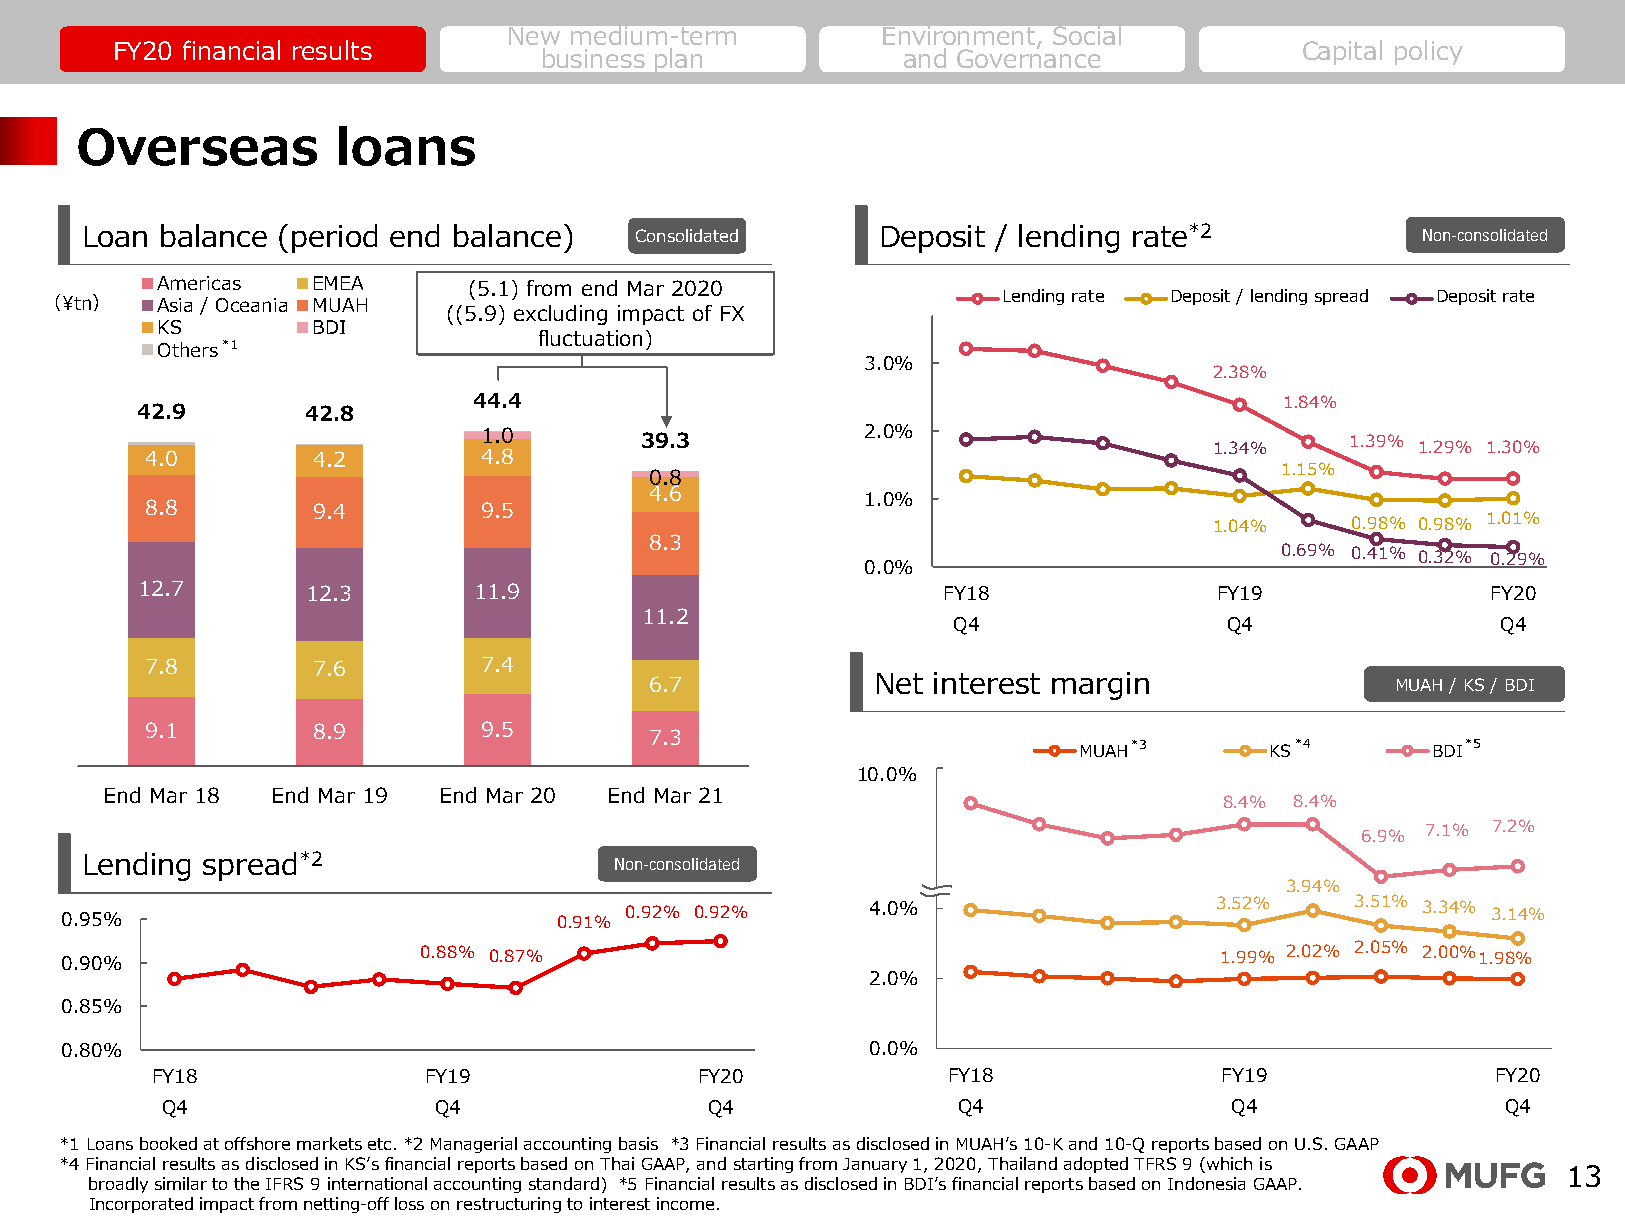
New medium-term         Environment, Social
 FY20 financial results                                                         Capital policy
 business plan           and Governance
 Overseas         loans
 Loan  balance (period end balance)   Consolidated    Deposit / lending rate*2            Non-consolidated
 Americas   EMEA      (5.1) from end Mar 2020
 Lending rate Deposit / lending spread Deposit rate
 （¥tn）  Asia / Oceania MUAH
 ((5.9) excluding impact of FX
 KS         BDI
 fluctuation)
 Others*1
 3.0%
 2.38%
 44.4                                                  1.84%
 42.9       42.8
 1.0       39.3           2.0%                            1.39%
 1.34%         1.29% 1.30%
 4.0        4.2        4.8
 1.15%
 0.8
 4.6           1.0%
 8.8        9.4        9.5
 1.04%    0.98% 0.98% 1.01%
 8.3
 0.69% 0.41% 0.32% 0.29%
 0.0%
 12.7       12.3       11.9                           FY18               FY19              FY20
 11.2
 Q4                Q4                Q4
 7.8        7.6        7.4
 6.7            Net interest margin               MUAH / KS / BDI
 9.1        8.9        9.5        7.3
 MUAH*3       KS*4       BDI*5
 108..00%%
 End Mar 18 End Mar 19 End Mar 20 End Mar 21
 8.4% 8.4%
 6.0%                            6.9% 7.1% 7.2%
 Lending spread*2                    Non-consolidated
 3.94%
 0.95%                            0.91% 0.92% 0.92%    4.0%                   3.52%    3.51% 3.34% 3.14%
 0.90%                   0.88% 0.87%                                          1.99% 2.02% 2.05% 2.00% 1.98%
 2.0%
 0.85%
 0.80%                                                 0.0%
 FY18              FY19              FY20             FY18              FY19              FY20
 Q4                Q4                Q4              Q4                 Q4                Q4
 *1 Loans booked at offshore markets etc. *2 Managerial accounting basis *3 Financial results as disclosed in MUAH’s 10-K and 10-Q reports based on U.S. GAAP
 *4 Financial results as disclosed in KS’s financial reports based on Thai GAAP, and starting from January 1, 2020, Thailand adopted TFRS 9 (which is
 13
 broadly similar to the IFRS 9 international accounting standard) *5 Financial results as disclosed in BDI’s financial reports based on Indonesia GAAP.
 Incorporated impact from netting-off loss on restructuring to interest income.